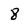
Character: 8